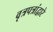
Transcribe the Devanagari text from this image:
वृत्रपत्रांद्वारे